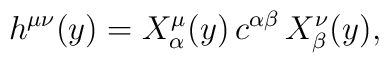
h^{\mu \nu}(y) = X^\mu_\alpha(y) \, c^{\alpha \beta} \,X^\nu_\beta(y),